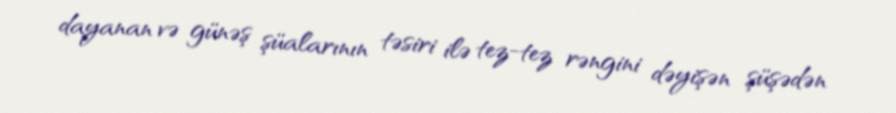
dayanan və günəş şüalarının təsiri ilə tez-tez rəngini dəyişən şüşədən